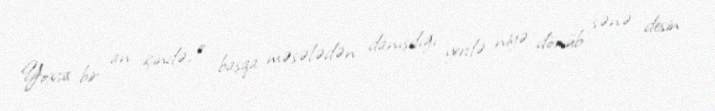
Yoxsa bir an içində, o başqa məsələdən danışdığı yerdə niyə dönüb sənə desin